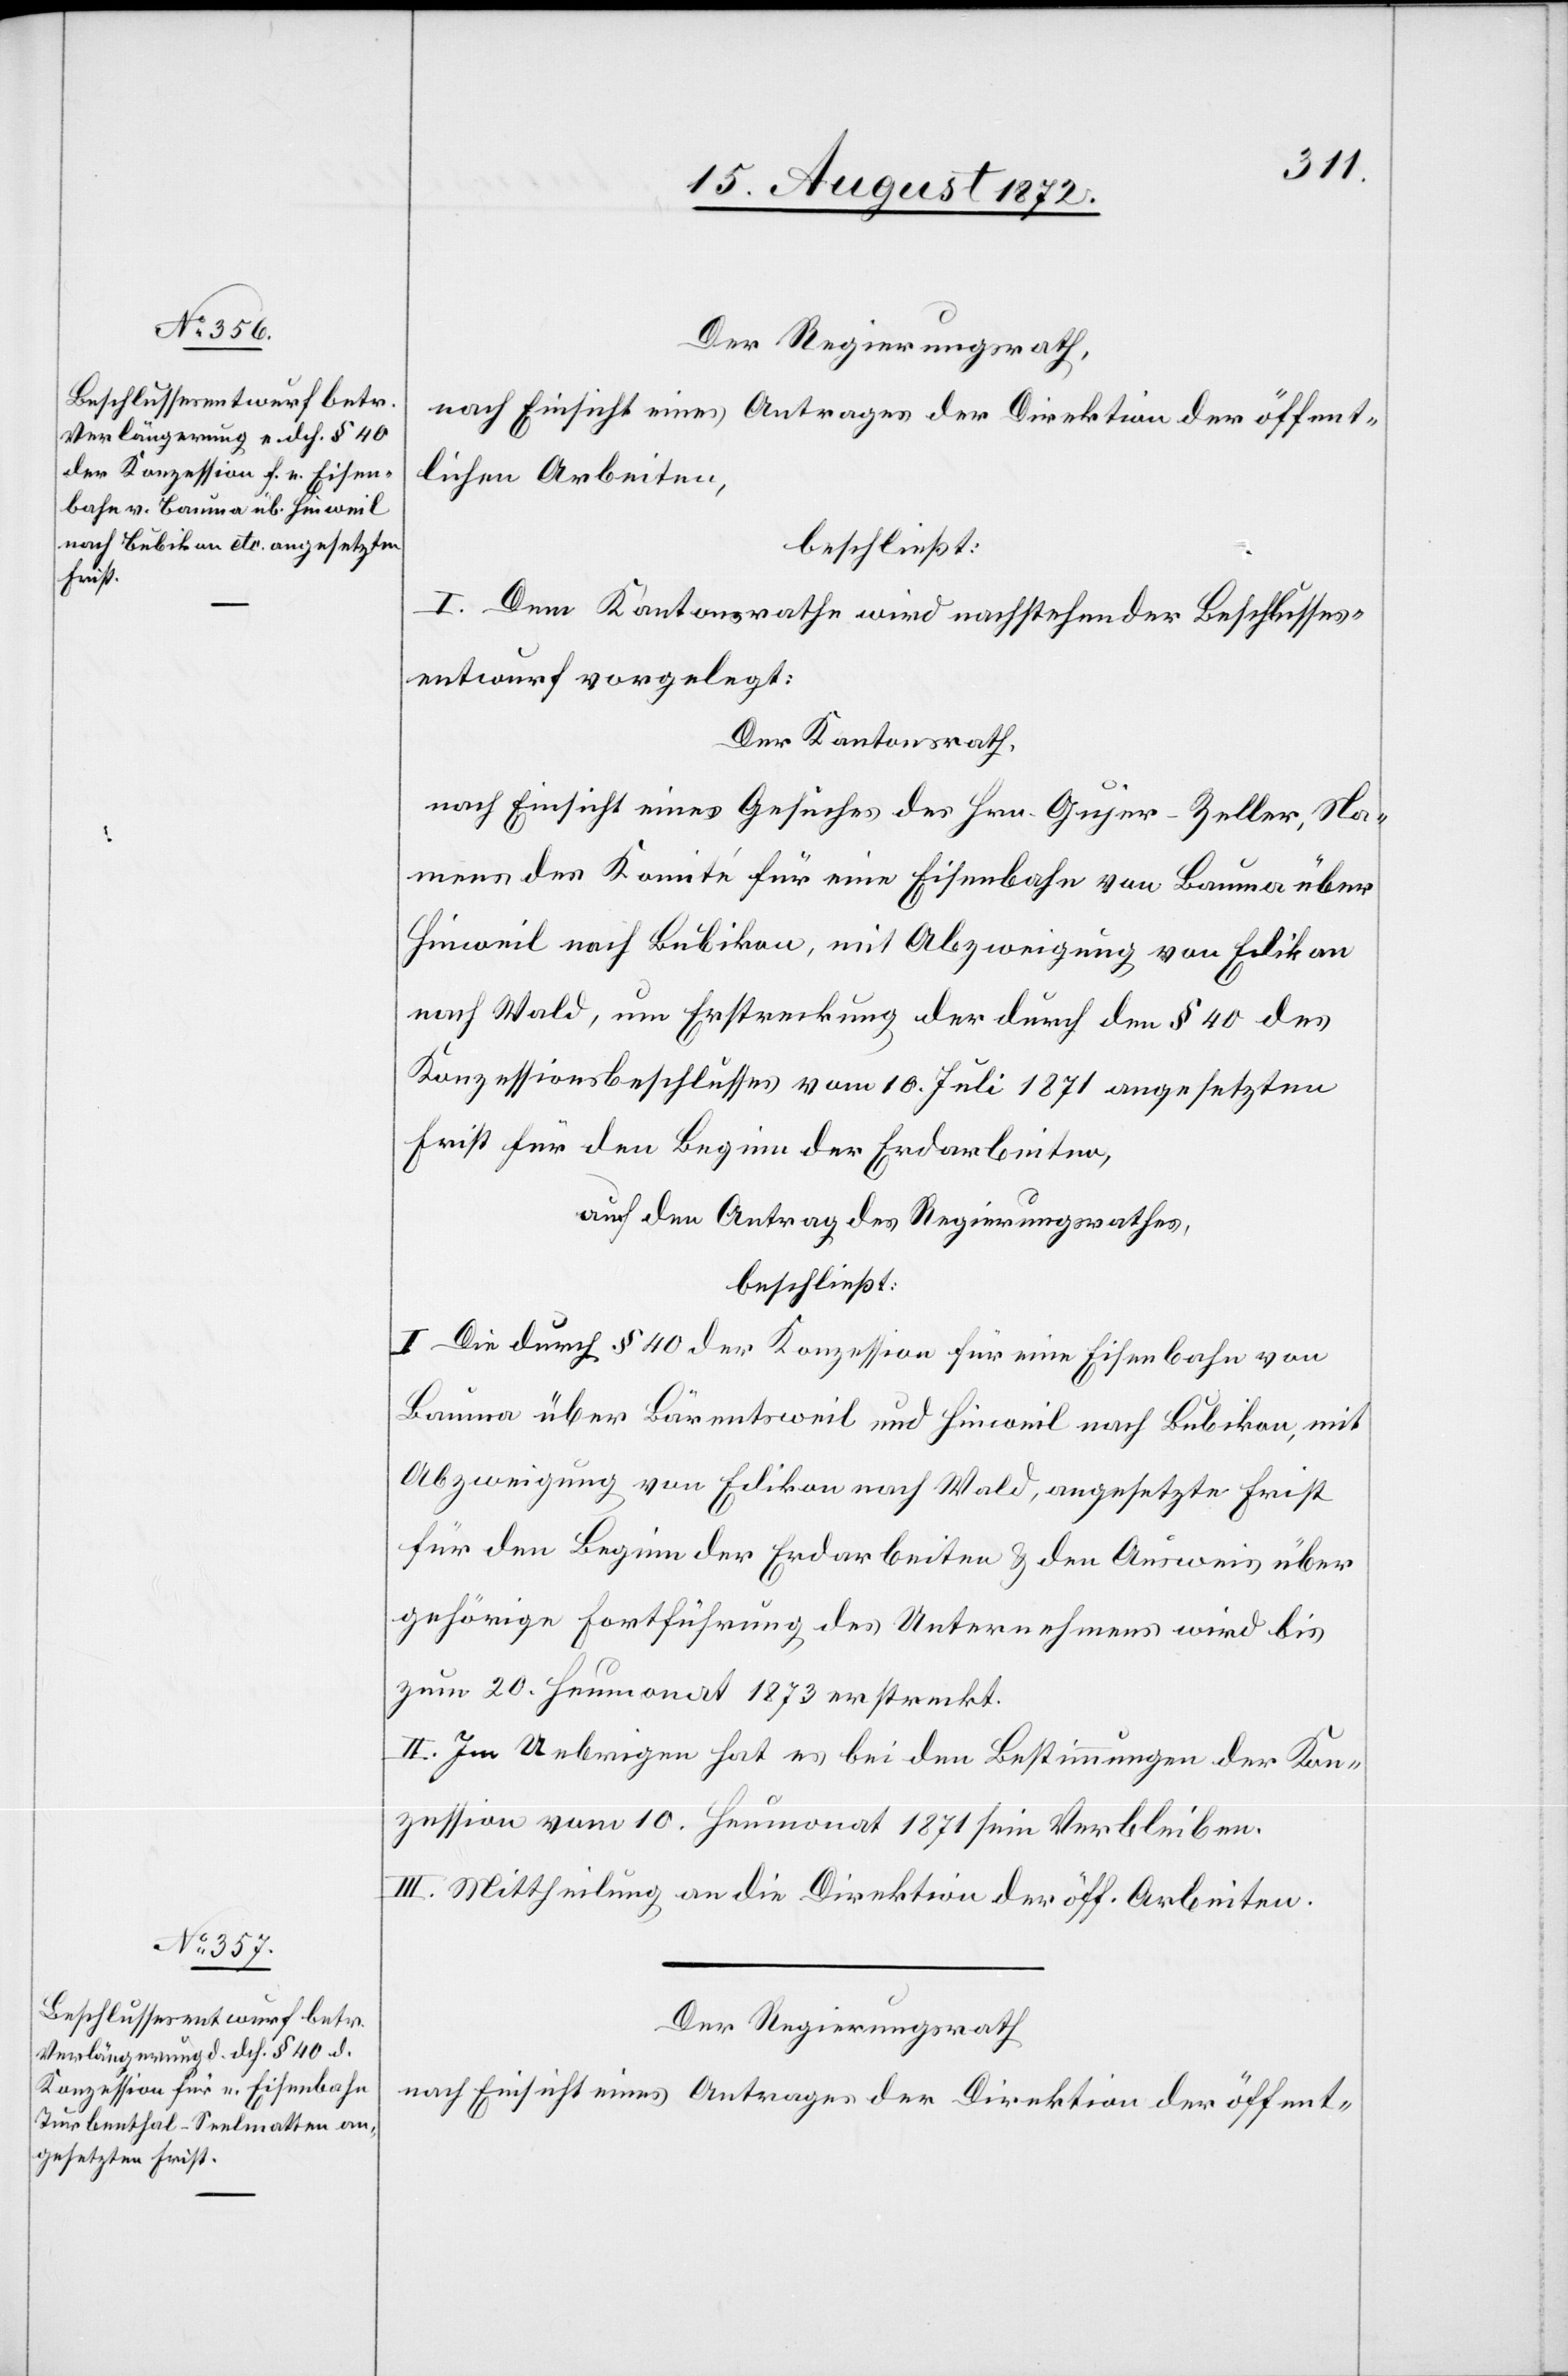
Der Regierungsrath,
nach Einsicht eines Antrages der Direktion der öffent¬
lichen Arbeiten,
beschließt:
I. Dem Kantonsrathe wird nachstehender Beschlusses¬
entwurf vorgelegt:
Der Kantonsrath,
nach Einsicht eines Gesuches des Hrn. Gujer-Zeller, Na¬
mens des Komité für eine Eisenbahn von Bauma über
Hinweil nach Bubikon, mit Abzweigung von Edikon
nach Wald, um Erstreckung der durch den § 40 des
Konzessionsbeschlusses vom 10. Juli 1871 angesetzten
Frist für den Beginn der Erdarbeiten,
auf den Antrag des Regierungsrathes,
beschließt:
I. Die durch § 40 der Konzession für eine Eisenbahn von
Bauma über Bärentsweil und Hinweil nach Bubikon, mit
Abzweigung von Edikon nach Wald, angesetzte Frist
für den Beginn der Erdarbeiten u. den Ausweis über
gehörige Fortführung des Unternehmens wird bis
zum 20. Heumonat 1873 erstreckt.
II. Im Uebrigen hat es bei den Bestimmungen der Kon¬
zession vom 10. Heumonat 1871 sein Verbleiben.
III. Mittheilung an die Direktion der öff. Arbeiten.
Der Regierungsrath
nach Einsicht eines Antrages der Direktion der öffent-